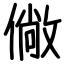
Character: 僘